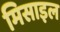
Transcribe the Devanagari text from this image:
मिसाइल